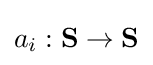
a_{i}:{\mathbf {S} }\rightarrow {\mathbf {S} }